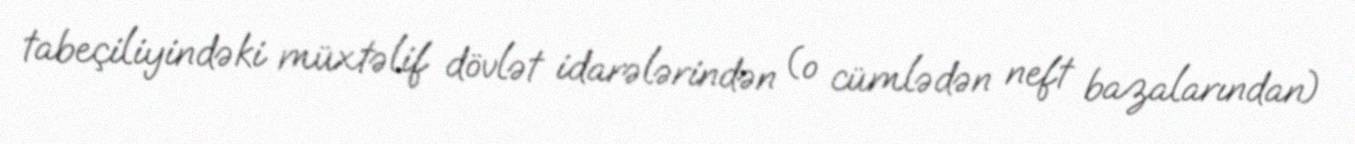
tabeçiliyindəki müxtəlif dövlət idarələrindən (o cümlədən neft bazalarından)